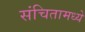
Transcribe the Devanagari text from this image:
संचितामध्ये